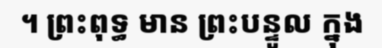
។ ព្រះពុទ្ធ មាន ព្រះបន្ទូល ក្នុង